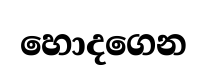
හොදගෙන